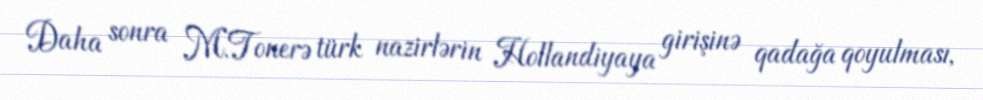
Daha sonra M.Tonerə türk nazirlərin Hollandiyaya girişinə qadağa qoyulması,